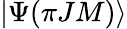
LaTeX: |\Psi({\pi}JM)\rangle